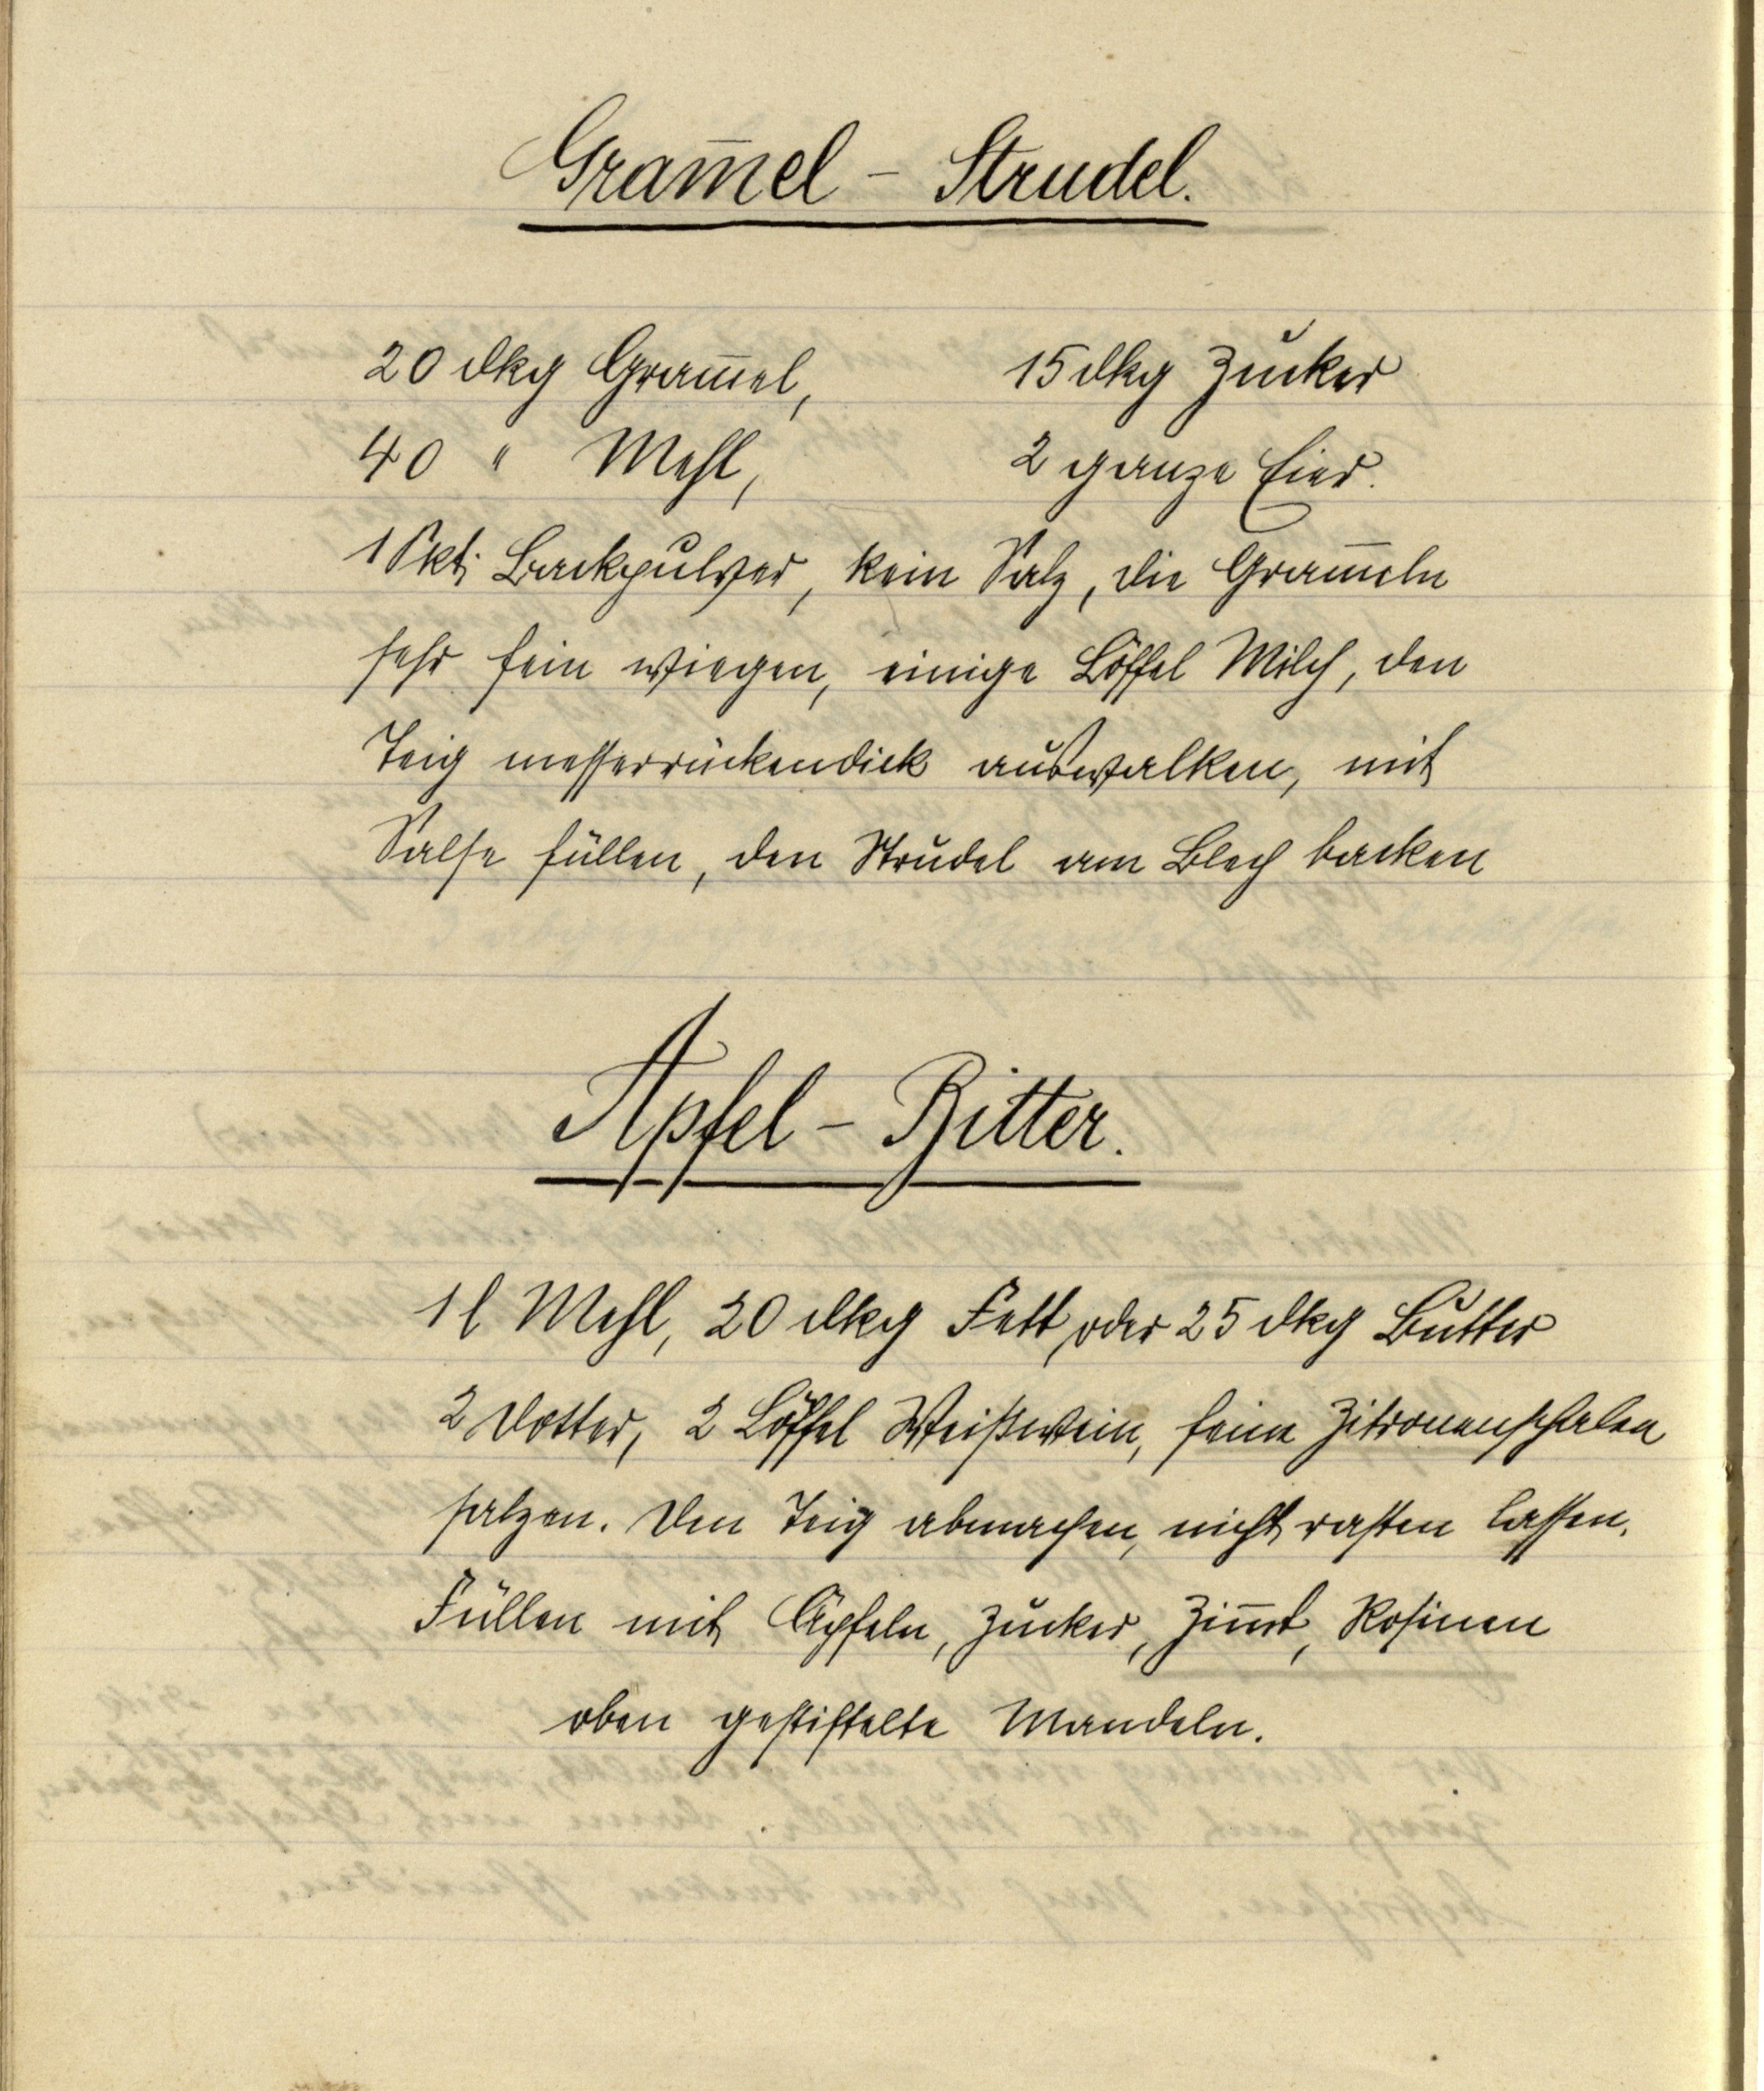
Grammel — Strudel.

20 dkg Grammel, 15 dkg Zucker
40 " Mehl, 2 ganze Eier.
1 Pkt. Backpulver, kein Salz, die Grammeln
sehr fein wiegen, einige Löffel Milch, den
Teig messerrückendick auswalken, mit
Salse füllen, den Strudel am Blech backen

Apfel — Ritter.

1 l Mehl, 20 dkg Fett, oder 25 dkg Butter
2 Dotter, 2 Löffel Weißwein, feine Zitronenschalen
salzen. Den Teig abmachen, nicht rasten lassen.
Füllen mit Äpfeln, Zucker, Zimmt, Rosinen
oben gestiftelte Mandeln.